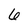
Character: 6